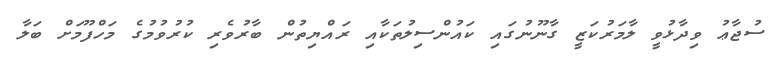
ސުޖާޢު ވިދާޅުވީ ލާމަރުކަޒީ ގާނޫނުގައި ކައުންސިލުތަކާއި ރައްޔިތުން ބާރުވެރި ކުރުވުމުގެ މަހްފޫމަށް ބަލާ